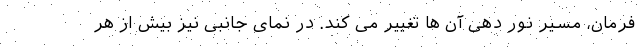
فرمان، مسیر نور دهی آن ها تغییر می کند. در نمای جانبی نیز بیش از هر